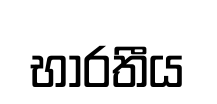
භාරතීය